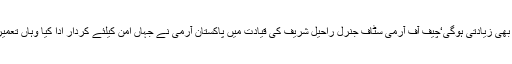
البتہ افواج پاکستان کے کردار کو نہ سراہنا بھی زیادتی ہوگی‘چیف آف آرمی سٹاف جنرل راحیل شریف کی قیادت میں پاکستان آرمی نے جہاں امن کیلئے کردار ادا کیا وہاں تعمیر وترقی کے ضمن میں اقدامات جاری ہیں۔